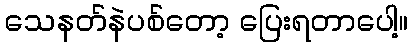
သေနတ်နဲပစ်တော့ ပြေးရတာပေါ့။